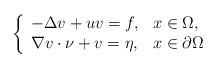
LaTeX: \begin{align*} \left\{\begin{array}{ll} -\Delta v+uv=f, &x\in\Omega,\\ \nabla v\cdot \nu+v= \eta, &x\in\partial\Omega\end{array}\right.\end{align*}